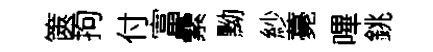
篋拘付富纍黝紗薧嗶銚